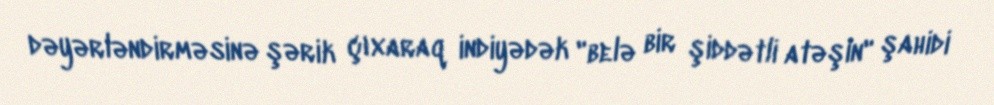
dəyərləndirməsinə şərik çıxaraq indiyədək "belə bir şiddətli atəşin" şahidi